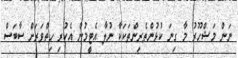
ނަން މަޝްހޫރު މާ ގިނަ ކުޅުންތެރިންތަކަކާ ނުލާ އެޓީމުން އެކުރި ހިތްވަރަށް ސާބަސް